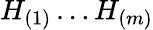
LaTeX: H_{(1)}\ldots H_{(m)}